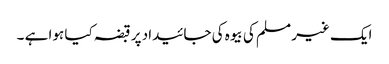
ایک غیر مسلم کی بیوہ کی جائیداد پر قبضہ کیا ہوا ہے ۔